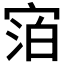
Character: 𪧓